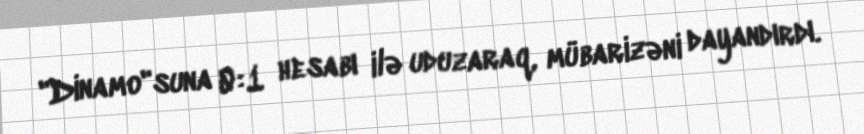
"Dinamo"suna 0:1 hesabı ilə uduzaraq, mübarizəni dayandırdı.